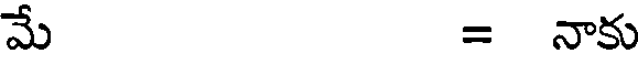
మే = నాకు